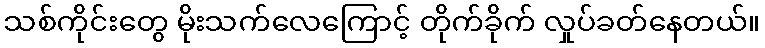
သစ်ကိုင်းတွေ မိုးသက်လေကြောင့် တိုက်ခိုက် လှုပ်ခတ်နေတယ်။